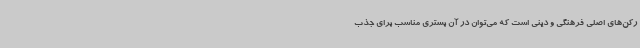
رکن‌های اصلی فرهنگی و دینی است که می‌توان در آن بستری مناسب برای جذب